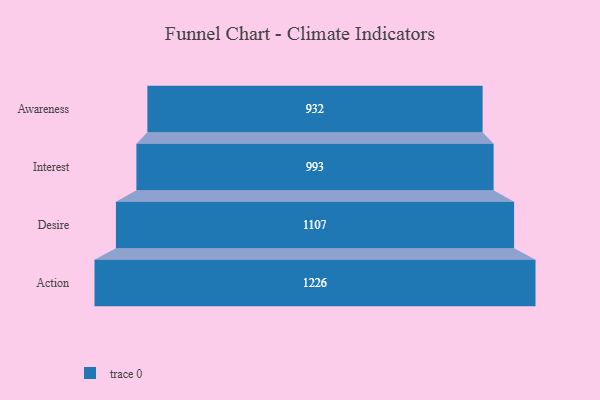
{"axis": {"x": "Stage", "y": "Value"}, "legend": [""], "data": [{"x": "Awareness", "y": 932.0, "type": ""}, {"x": "Interest", "y": 993.0, "type": ""}, {"x": "Desire", "y": 1107.0, "type": ""}, {"x": "Action", "y": 1226.0, "type": ""}]}